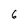
Character: 6